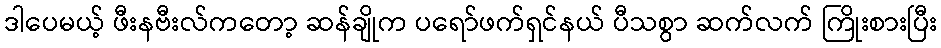
ဒါပေမယ့် ဖီးနဗီးလ်ကတော့ ဆန်ချိုက ပရော်ဖက်ရှင်နယ် ပီသစွာ ဆက်လက် ကြိုးစားပြီး